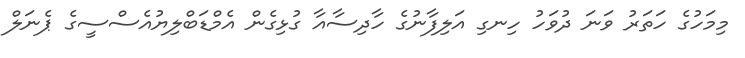
މިމަހުގެ ހަތަރު ވަނަ ދުވަހު ހިނގި އަލިފާނުގެ ހާދިސާއާ ގުޅިގެން އެމްޑަބްލިޔުއެސްސީގެ ޕެނަލް